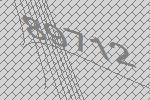
89712